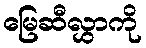
မြေဆီလွှာကို